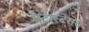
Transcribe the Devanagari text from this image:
मेटास्टेसेस